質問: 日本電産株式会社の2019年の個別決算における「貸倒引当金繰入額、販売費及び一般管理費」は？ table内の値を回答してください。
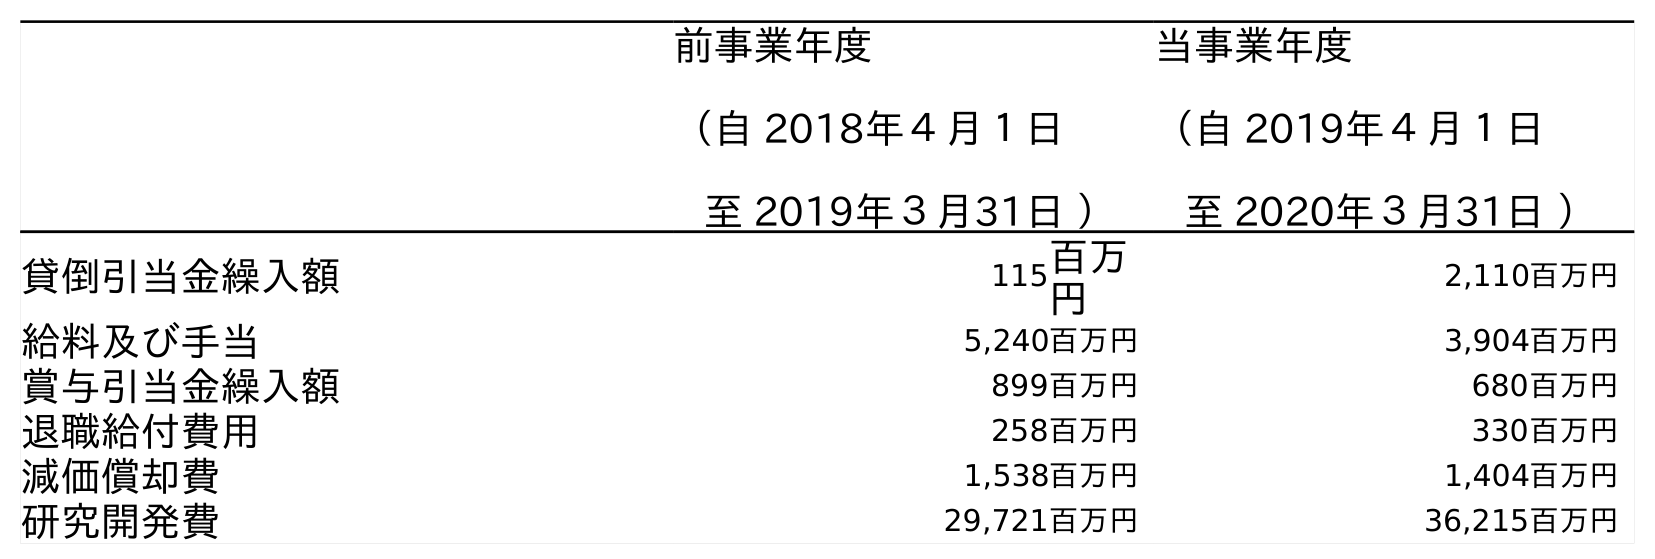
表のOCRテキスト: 前事業年度 （自 2018年４月１日 至 2019年３月31日 ） 当事業年度 （自 2019年４月１日 至 2020年３月31日 ） 貸倒引当金繰入額 115百万 円 2,110百万円 給料及び手当 5,240百万円 3,904百万円 賞与引当金繰入額 899百万円 680百万円 退職給付費用 258百万円 330百万円 減価償却費 1,538百万円 1,404百万円 研究開発費 29,721百万円 36,215百万円
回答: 115